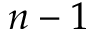
n - 1